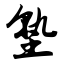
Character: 塾